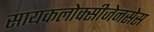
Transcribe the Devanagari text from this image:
सायकलोक्सीजेनसेस